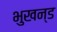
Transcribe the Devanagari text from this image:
भुखन्ड